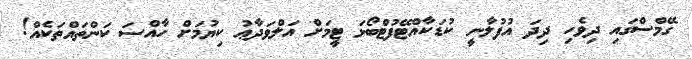
ގޭމްސްގައި ދިވެހި ދިދަ އުފުލާނީ ކުޑަކާއްޓޭފުޓްބޯޅަ ޓީމަށް އަލްވަދާޢު ކިޔުމަށް ހާއްސަ ކަންތައްތަކެއް!